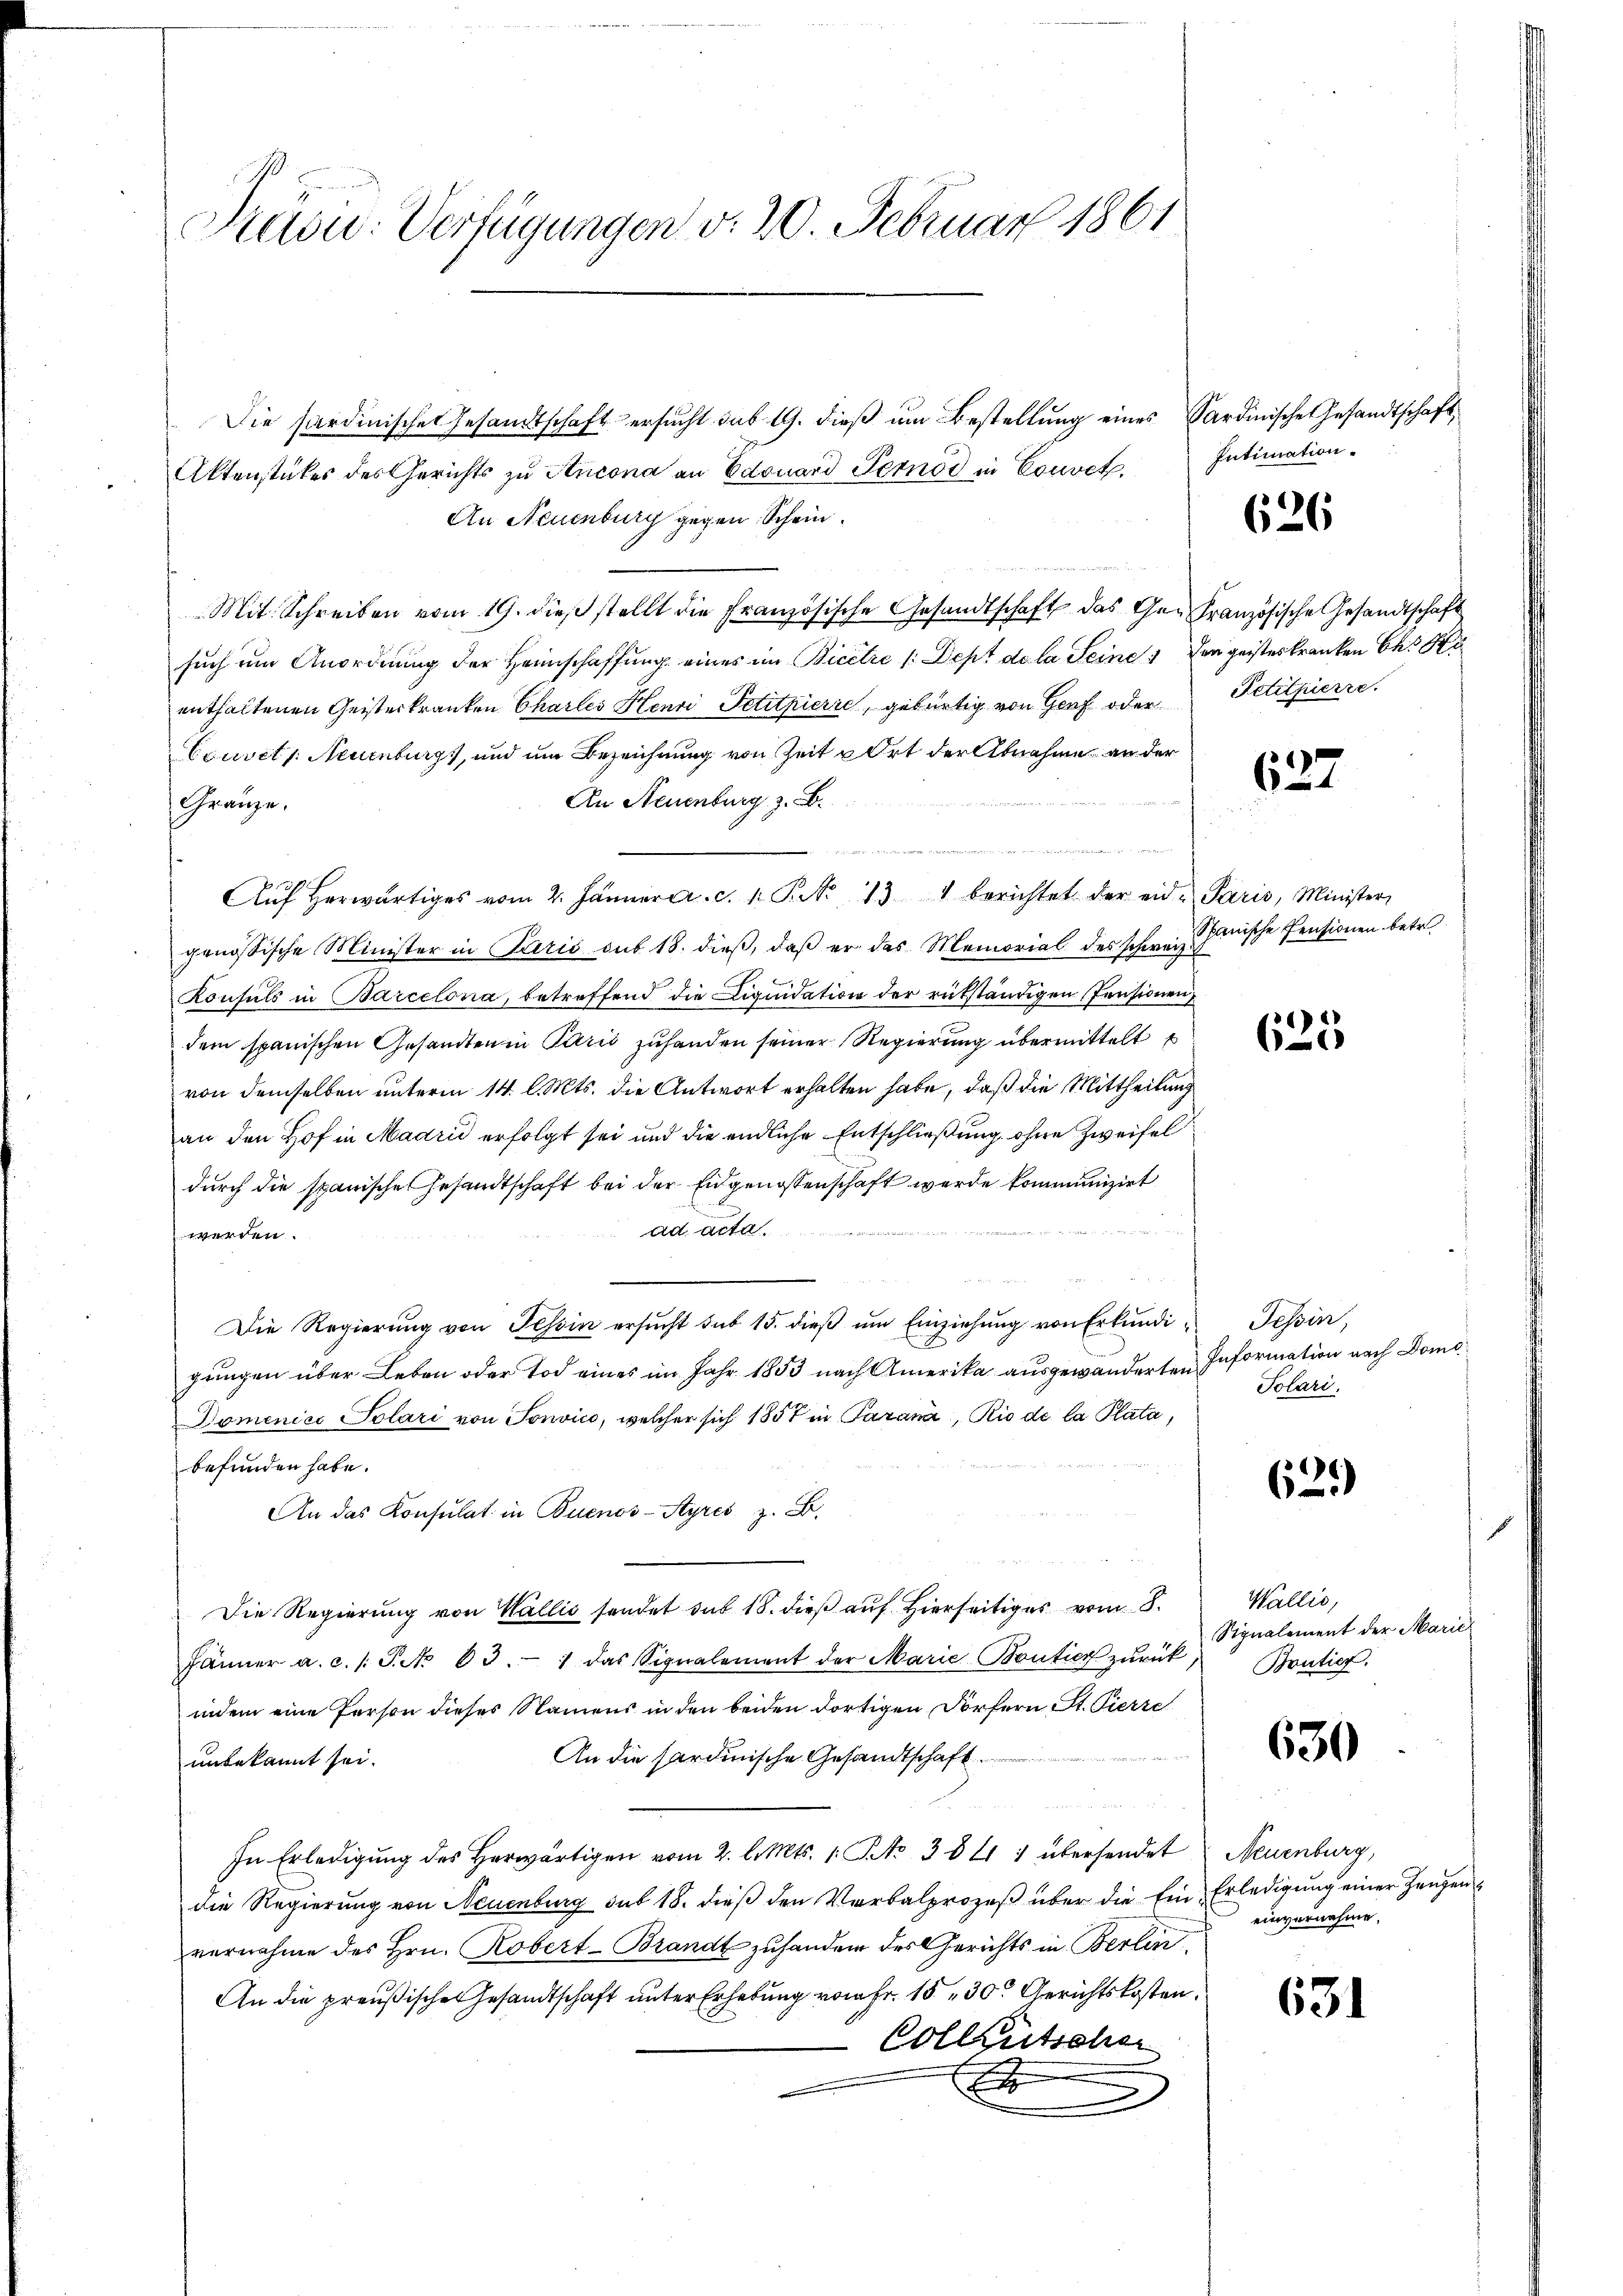
Prau. Verfügungen v. 20. Februar 1861

Aktenstückes des Gerichts zu Ancona an Edouard Pernod in Convet.
An Neuenburg gegen Schein.
Mit. Schreiben vom 19. dieβ stellt die französische Gesandtschaft das Ge- Französische Gesandtschaft
such um Anordnung der Heimschaffung eines im Bicitre /: Dept de la Seine 1 den geisteskranken des He
enthaltenen Geisterkranken Chartes Henri Petitpierre, gebürtig von Genf oder Petitpierre.
Couvet /: Neuenburg, und um Bezeichnung von Zeit u Ort der Abnahme an der
An Neuenburg z. B.
Gränze.
Aŭf herwärtiges vom 2. Jänner cr. c. 1 Pkt. 131 berichtet der eid. Paris, Minister
genössische Minister in Paris sub 18. dieβ, daβ er das Memorial des schweiz.
Konsuls in Barcelona, betreffend die Liquidation der rükständigen Pensionen
dem spanischen Gesandten in Parić zuhanden seiner Regierung übermittelt
von demselben unterm 14. l. Mts. die Antwort erhalten habe, daß die Mittheilung
an den Hof in Madrid erfolgt sei und die endliche Entschließung, ohne Zweifel
durch die spanisches Gesandtschaft bei der Eidgenossenschaft werde kommunizirt
ad acta.
werden.
Die Regierung von Tessin ersŭcht sub 15. dieβ ŭm Einziehŭng von Erkŭndi- Tessin,
gungen über Leben oder Tod eines im Jahr 1853 nach Amerika ausgewanderten Information nach Domo¬
Domenico Polari von Tonvice, welcher sich 1857 in Paran, Rio de la Plata,
befunden habe.
An das Konsulat in Buenos-Ayres z. B.
Die Regierung von Wallis sendet das 18. dieβ aŭf hierseitiges vom 8. Wallis,
Jänner a. c. s. P. Nr. 63. 1 das Signalement der Marie-Boutier zŭrück
indem eine Person dieses Namens in den beiden dortigen Dorfern St. Fierze
An die sardinische Gesandtschaft.
unbekannt sei.
In Erledigŭng des herwärtigen vom 2. l. Mts. 1. No 3841 1 übersendet Neuenburg,
die Regierung von Neuenburg sub 18. dieβ den Verbalprozeß über die Ein Erledigung einer Zeugen
vernahme des Hrn. Robert-Brandt zuhandern des Gerichts in Berlin,
An die preußische Gesandtschaft unter Erhebung vom Fr. 15, 30. Gerichtskosten.
Collentscher
x
x

Die sardinischen Gesandtschaft ersucht sub 19. dieß um Bestellung eines Sardinische Gesandtschaft,

Intimation.
626

Spanische Pensionen betr.

Folari.

627

625

629)

Signalement der Marie
Boutier.

630

631

einvernahme.